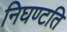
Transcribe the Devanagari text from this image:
निघण्टति